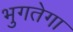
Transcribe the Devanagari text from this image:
भुगतेगा